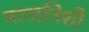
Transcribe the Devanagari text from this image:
मानानिशी